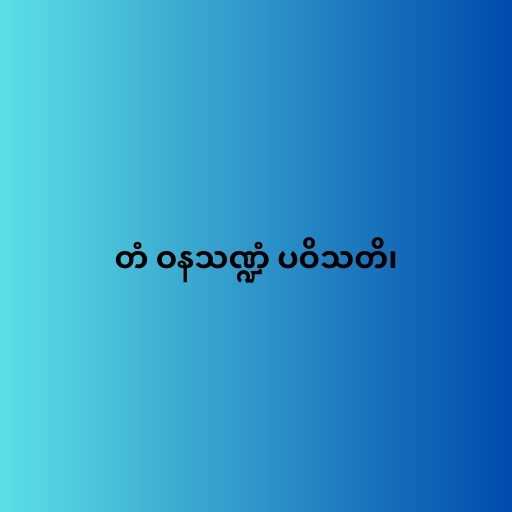
တံ ဝနသဏ္ဍံ ပဝိသတိ၊